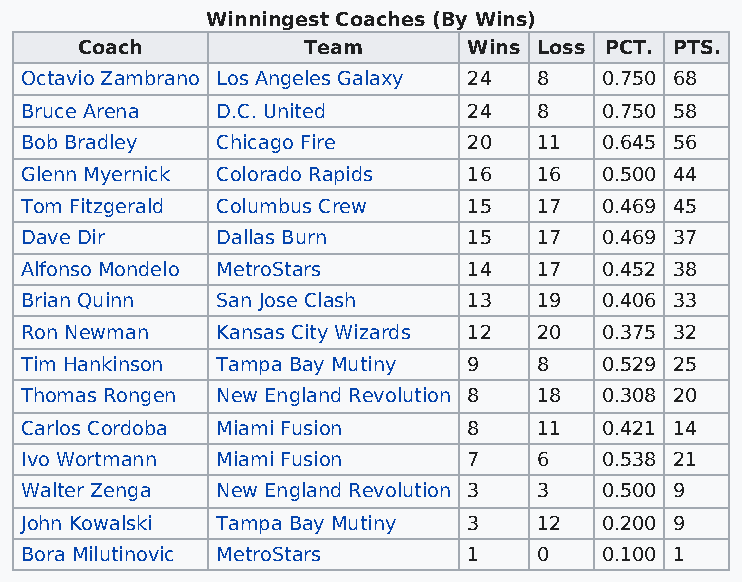
Winningest Coaches (By Wins)
 Coach          Team       Wins Loss PCT. PTS.
 Octavio Zambrano Los Angeles Galaxy 24 8 0.750 68
 Bruce Arena  D.C. United      24   8   0.750 58
 Bob Bradley  Chicago Fire     20   11  0.645 56
 Glenn Myernick Colorado Rapids 16  16  0.500 44
 Tom Fitzgerald Columbus Crew  15   17  0.469 45
 Dave Dir     Dallas Burn      15   17  0.469 37
 Alfonso Mondelo MetroStars    14   17  0.452 38
 Brian Quinn  San Jose Clash   13   19  0.406 33
 Ron Newman   Kansas City Wizards 12 20 0.375 32
 Tim Hankinson Tampa Bay Mutiny 9   8   0.529 25
 Thomas Rongen New England Revolution 8 18 0.308 20
 Carlos Cordoba Miami Fusion   8    11  0.421 14
 Ivo Wortmann Miami Fusion     7    6   0.538 21
 Walter Zenga New England Revolution 3 3 0.500 9
 John Kowalski Tampa Bay Mutiny 3   12  0.200 9
 Bora Milutinovic MetroStars   1    0   0.100 1